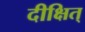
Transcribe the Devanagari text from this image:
दीक्षित्